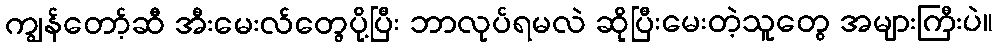
ကျွန်တော့်ဆီ အီးမေးလ်တွေပို့ပြီး ဘာလုပ်ရမလဲ ဆိုပြီးမေးတဲ့သူတွေ အများကြီးပဲ။